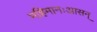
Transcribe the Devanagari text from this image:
महिमानःआसन्